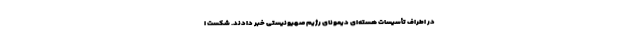
در اطراف تأسیسات هسته‌ای دیمونای رژیم صهیونیستی خبر دادند. شکست ا